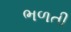
ભળતી